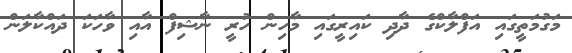
މަގުމަތީގައި އަފްލާކްގެ ދާދި ކައިރީގައި މާހިން ހުރީ ނާޝިފް އާއި ވާހަކަ ދައްކާލަން